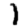
Digit: 1